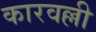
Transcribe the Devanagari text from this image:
कारवल्ली